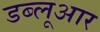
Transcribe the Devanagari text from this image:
डब्लूआर